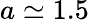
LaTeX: a\simeq 1.5